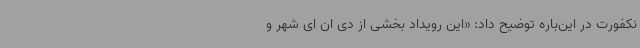
نکفورت در این‌باره توضیح داد: «این رویداد بخشی از دی ان ای شهر و